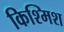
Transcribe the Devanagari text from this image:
किश्मिश